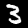
Digit: 3